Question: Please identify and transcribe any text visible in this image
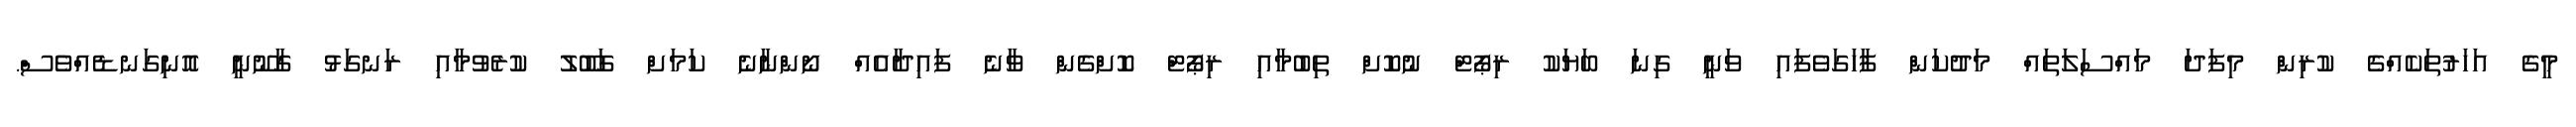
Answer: މީގެ އަހަރުތަކެއްގެ ކުރިން މިފަދަ މައްސަލަތައް މަދުކަން ފާހަގަވެފައި ވަނީ ގިނަ ބަޔަކު ރިޕޯޓް ނުކޮށް ތިބުމާއި ރިޕޯޓް ކޮށްގެން ވާނެ ފައިދާއެއް ނޯންނާނެ ކަމަށް ގަބޫލު ކުރެވުމާއި ރަނގަޅު ގާނޫނީ އޮނިގަނޑެއްވެސް.